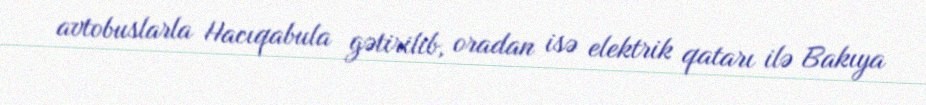
avtobuslarla Hacıqabula gətirilib, oradan isə elektrik qatarı ilə Bakıya